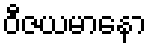
ဝီဇယမာနော